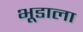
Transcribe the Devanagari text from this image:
भूडाला